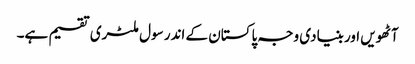
آٹھویں اور بنیادی وجہ پاکستان کے اندر سول ملٹری تقسیم ہے۔